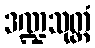
ဒဏ္ဍသုတ္တံ